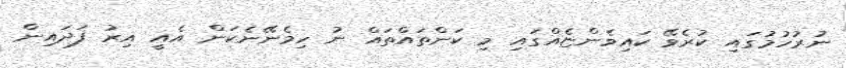
ނުރުހުމުގައި ކުރެވޭ ކައިވެންޏެއްގައި މި ކަންތައްތައް ނު ހިމެނޭނެކަން އެއީ އިރު ފަދައިން